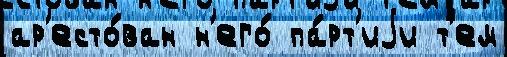
ар'есто́ван н'его́ па́рт'иjи т'ем